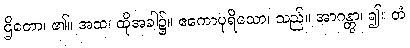
ဌိတော၊ ၏။ အထ၊ ထိုအခါ၌။ ဧကောပုရိသော၊ သည်။ အာဂန္တွာ၊ ၍။ တံ